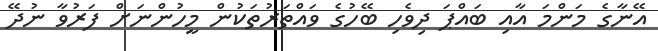
އޭނާގެ މަންމަ އާއި ބައްޕަ ދިވެހި ބޭހުގެ ވައްތަރުތަކުން މީހުންނަށް ފަރުވާ ނުދޭ